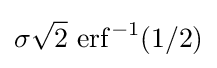
\sigma {\sqrt {2}}\,\operatorname {erf} ^{-1}(1/2)